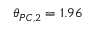
\begin{array} { r l r } { \mathrm { ~ } } & { { } } & { \theta _ { P C , 2 } = 1 . 9 6 } \end{array}